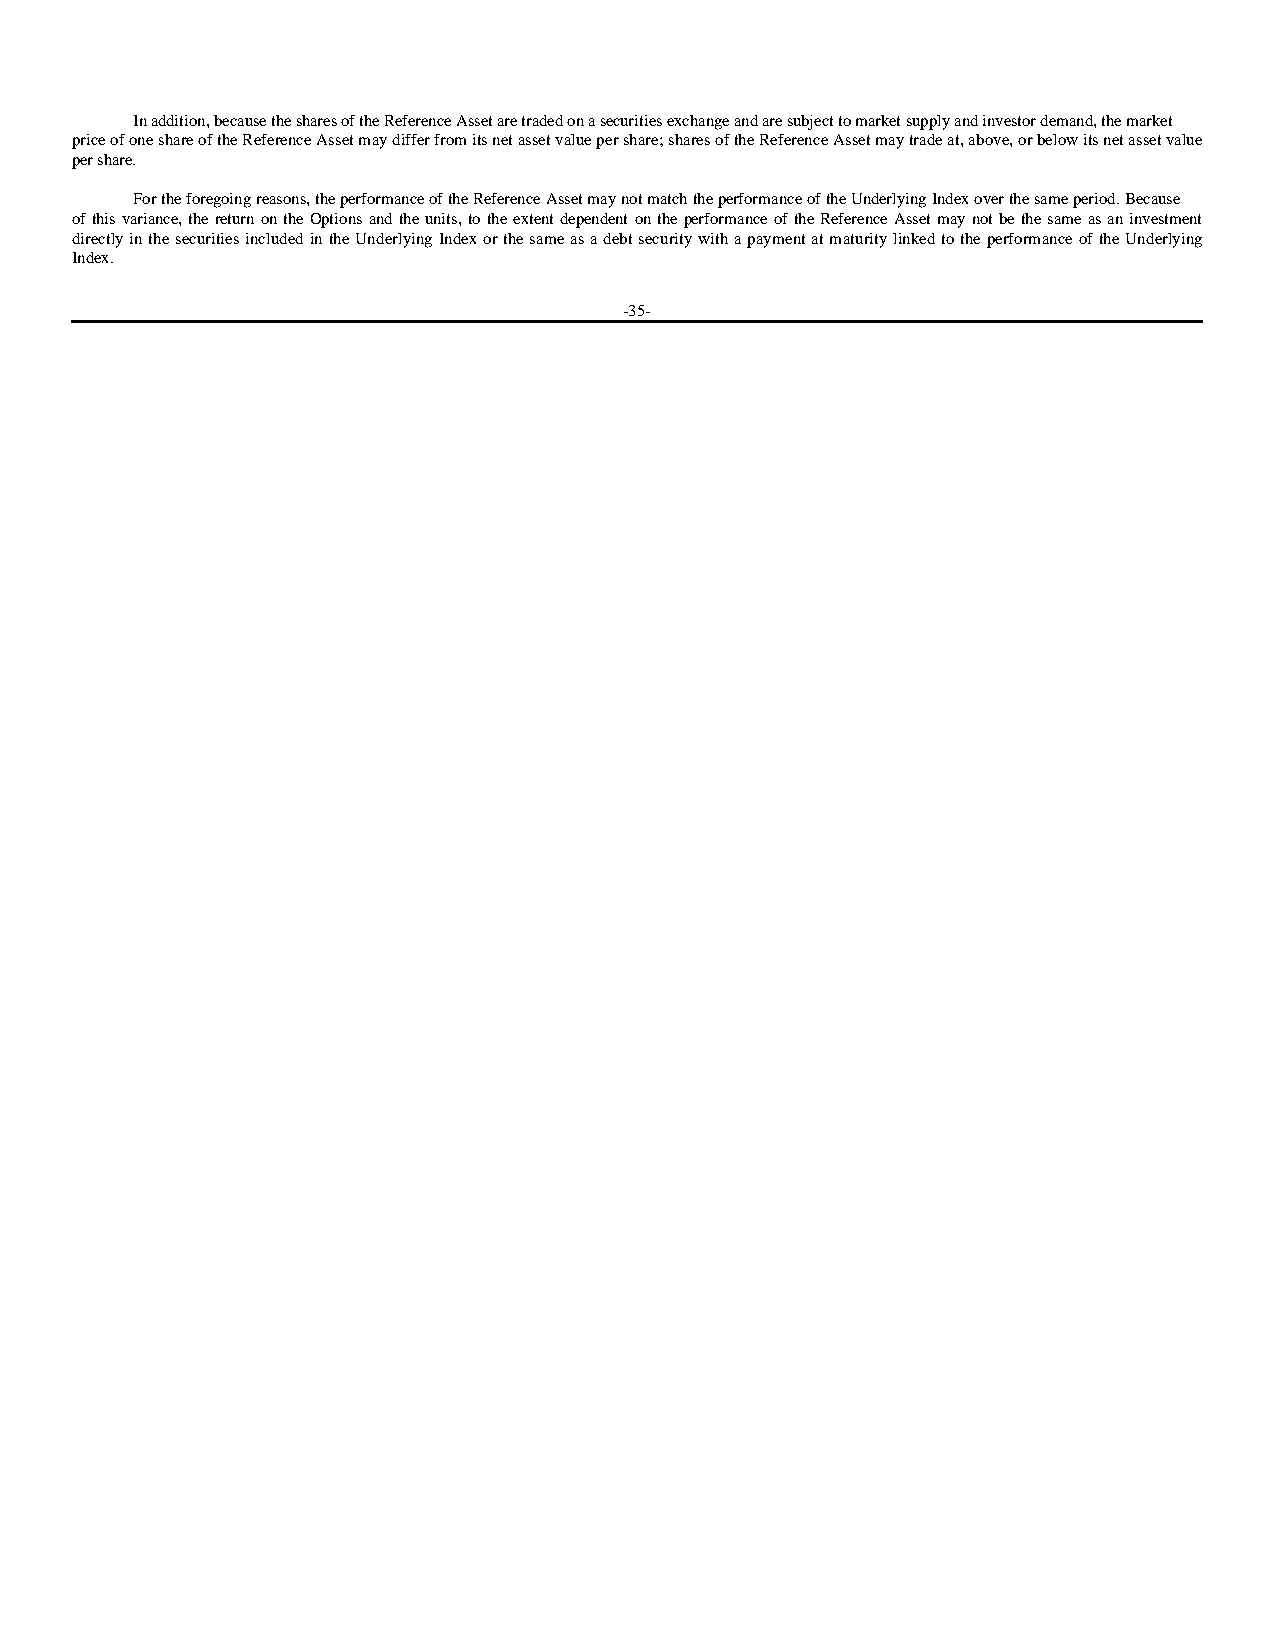
In addition, because the shares of the Reference Asset are traded on a securities exchange and are subject to market supply and investor demand, the market
 price of one share of the Reference Asset may differ from its net asset value per share; shares of the Reference Asset may trade at, above, or below its net asset value
 per share.
 For the foregoing reasons, the performance of the Reference Asset may not match the performance of the Underlying Index over the same period. Because
 of this variance, the return on the Options and the units, to the extent dependent on the performance of the Reference Asset may not be the same as an investment
 directly in the securities included in the Underlying Index or the same as a debt security with a payment at maturity linked to the performance of the Underlying
 Index.
 -35-